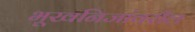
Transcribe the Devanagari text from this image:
भूखनिजांवरील